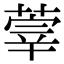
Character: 䔂